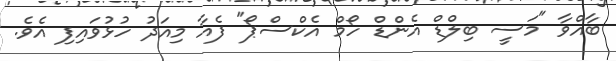
ބާއްވާ "މަސީ ބިލްޑް އެންޑް ހޯމް އެކްސްޕޯ" ފެއާ މިއަދު ހުޅުވައިފި އެވެ.